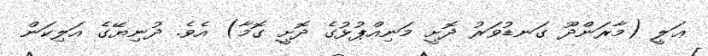
ޢަލީ (މާރަންދޫ ގަނޑުވަރު ދޮށީ މަނިއްޕުޅުގެ ދޮށީ ގޮމާ) އެވެ. ދުނިޔޭގެ އަލިކަން